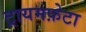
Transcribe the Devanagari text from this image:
ट्रायमफ़ेटा